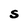
Character: S